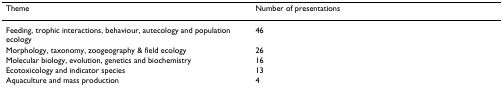
<table><thead><tr><td><b>Theme</b></td><td><b>Number of presentations</b></td></tr></thead><tbody><tr><td>Feeding, trophic interactions, behaviour, autecology and population ecology</td><td>46</td></tr><tr><td>Morphology, taxonomy, zoogeography &amp; field ecology</td><td>26</td></tr><tr><td>Molecular biology, evolution, genetics and biochemistry</td><td>16</td></tr><tr><td>Ecotoxicology and indicator species</td><td>13</td></tr><tr><td>Aquaculture and mass production</td><td>4</td></tr></tbody></table>